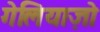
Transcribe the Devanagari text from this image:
गेलियाज़ो